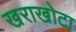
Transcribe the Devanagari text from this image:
खराखोटा